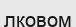
лковом